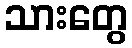
သားတွေ